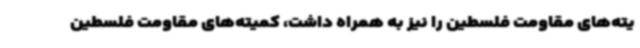
یته‌های مقاومت فلسطین را نیز به همراه داشت، کمیته‌های مقاومت فلسطین